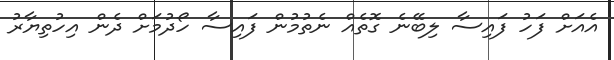
އެއަށް ފަހު ފައިސާ ލިބޭނެ ގޮތެއް ނެތުމުން ފައިސާ ހޯދުމަށް ދެން އިހުތިޔާރު